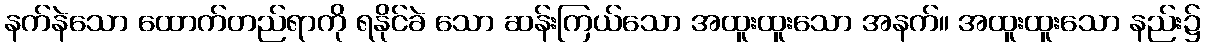
နက်နဲသော ထောက်တည်ရာကို ရနိုင်ခဲ သော ဆန်းကြယ်သော အထူးထူးသော အနက်။ အထူးထူးသော နည်း၌